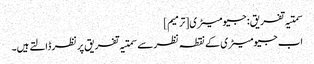
سمتیہ تفریق: جیومیٹری[ترمیم]
اب جیومیٹری کے نقطہ نظر سے سمتیہ تفریق پر نظر ڈالتے ہیں۔